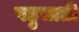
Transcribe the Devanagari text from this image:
पहुचाती